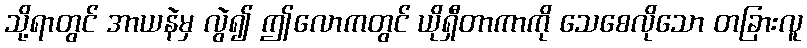
သို့ရာတွင် အာယနဲမှ လွဲ၍ ဤလောကတွင် ယိုရှီတာကာကို သေစေလိုသော တခြားလူ